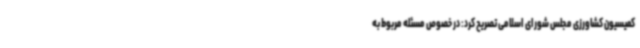
کمیسیون کشاورزی مجلس شورای اسلامی تصریح کرد: در خصوص مسئله مربوط به